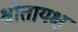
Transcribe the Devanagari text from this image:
श्रोतायक्ष